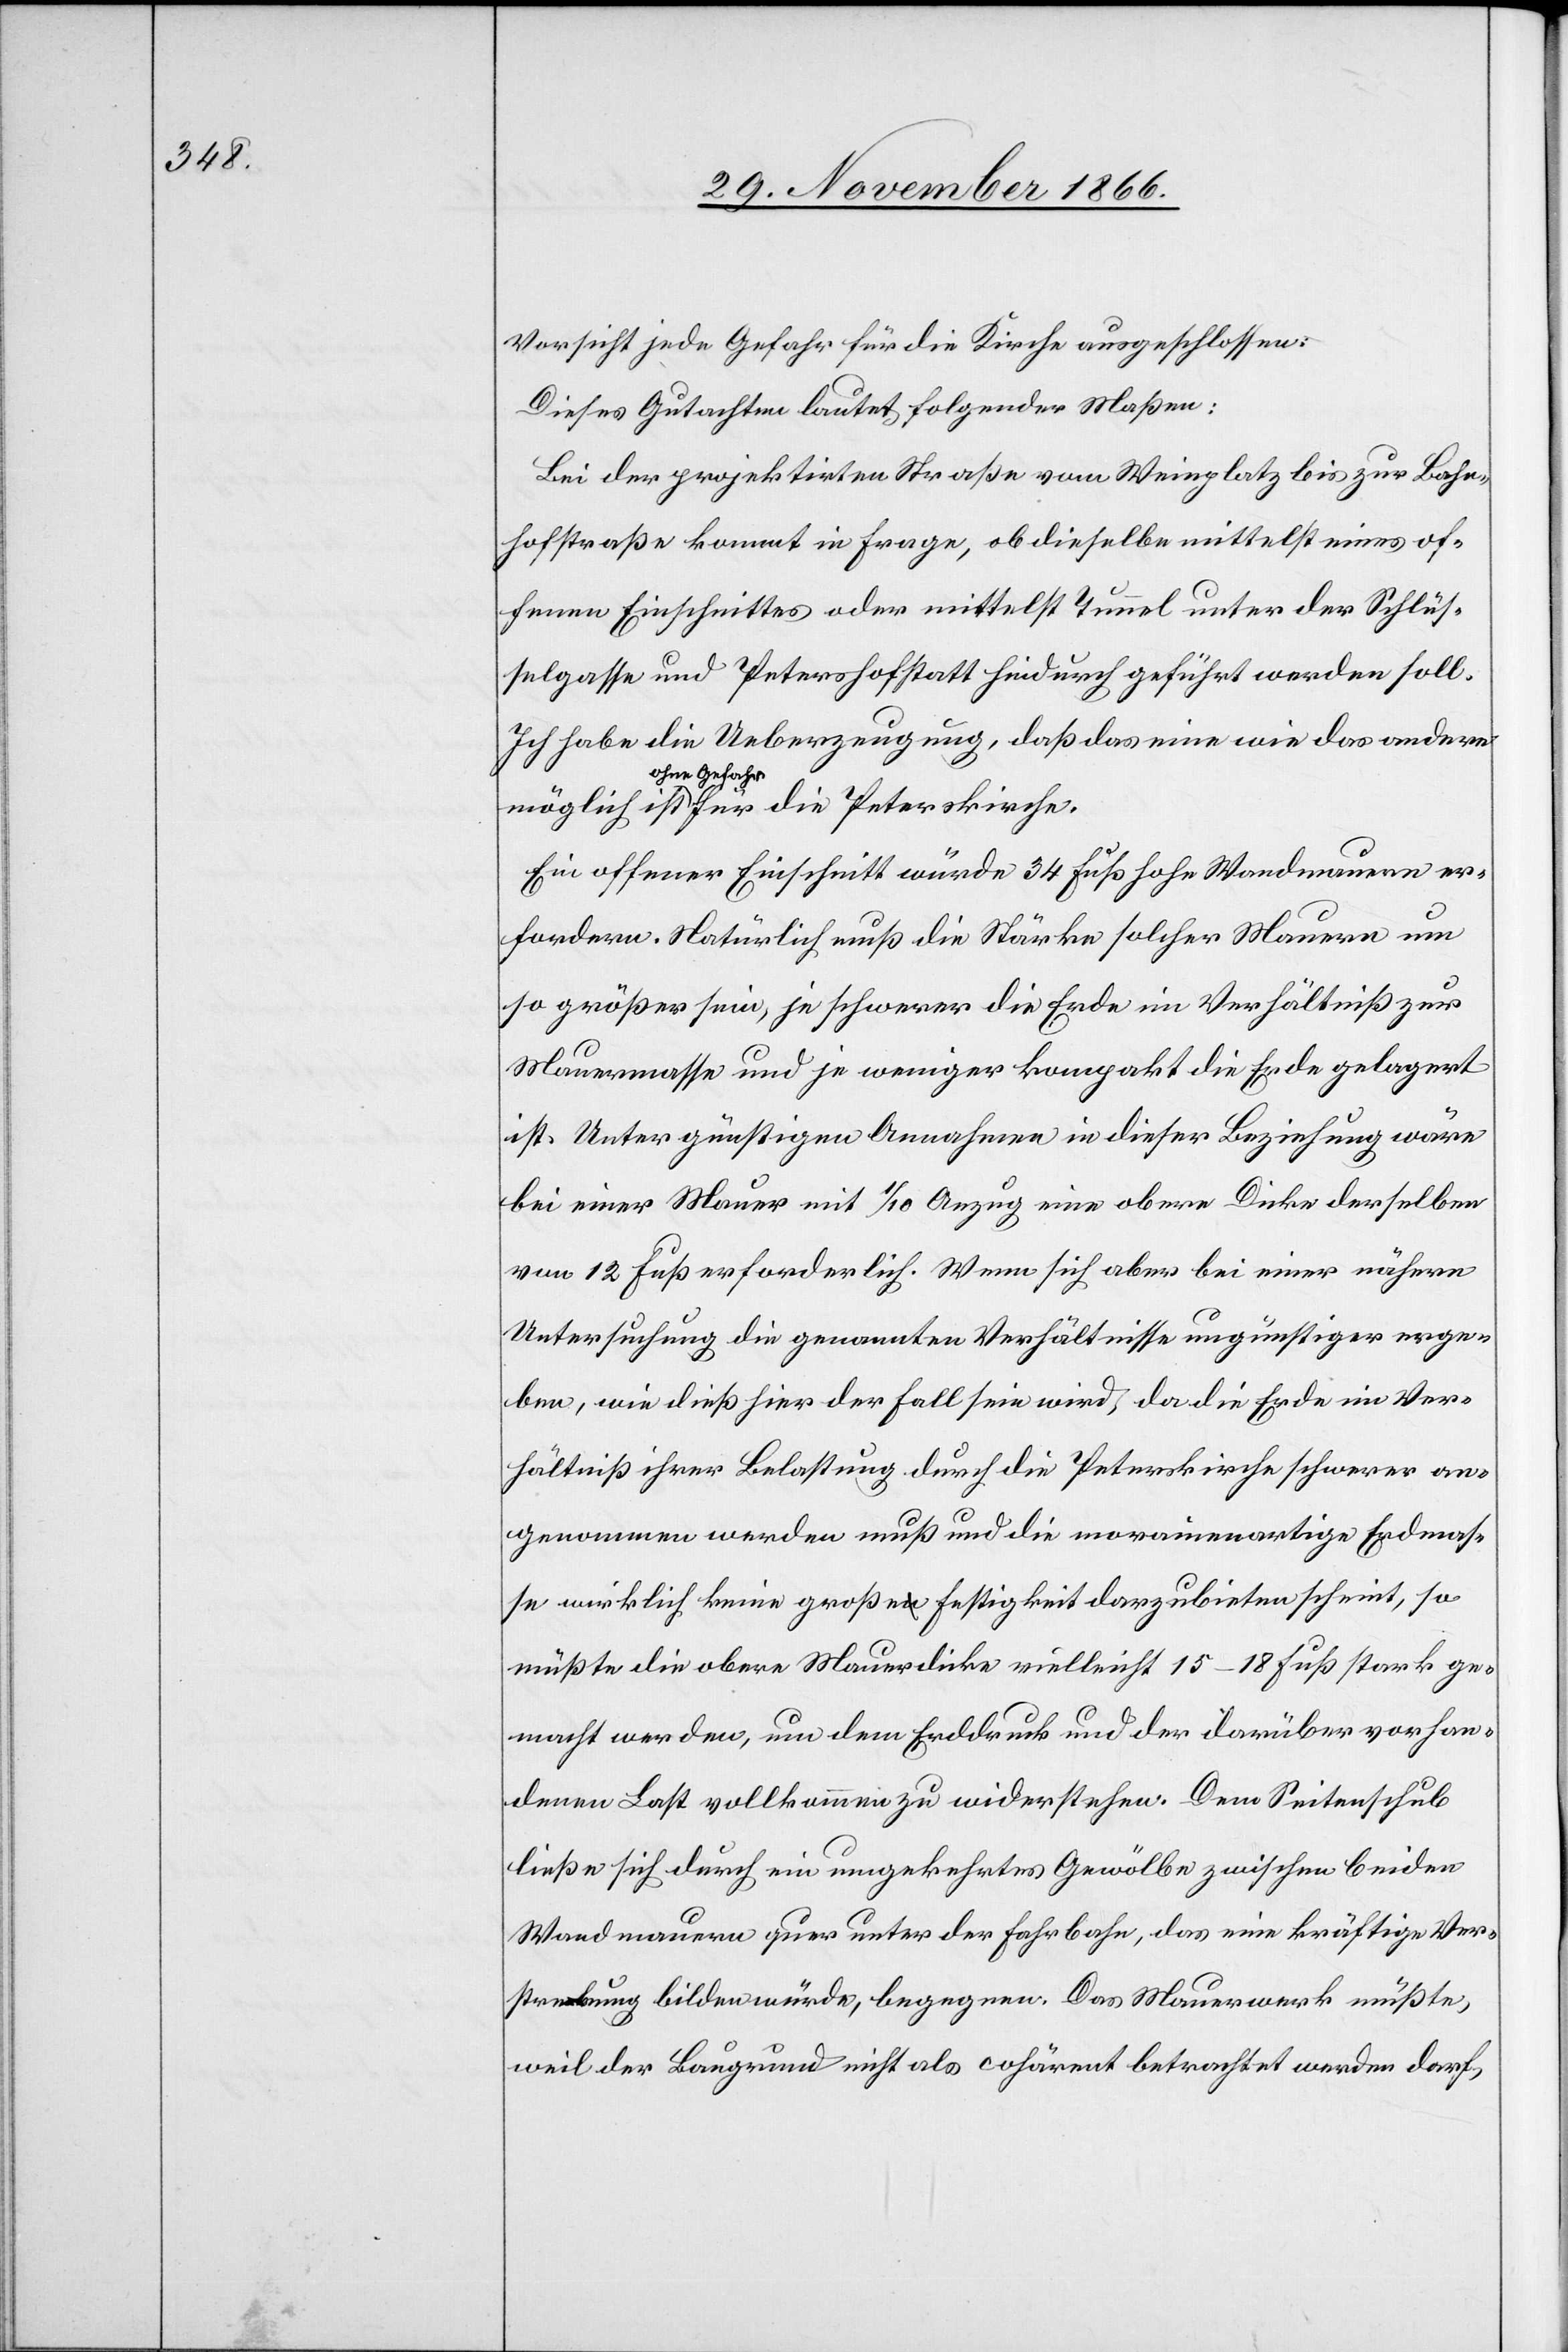
Vorsicht jede Gefahr für die Kirche ausgeschlossen:
Dieses Gutachten lautet folgender Maßen:
Bei der projektirten Straße vom Weinplatz bis zur Bahn¬
hofstraße kommt in Frage, ob dieselbe mittelst eines of¬
fenen Einschnittes oder mittelst Tunnel unter der Schlüs¬
selgasse und Petershofstatt hindurch geführt werden soll.
Ich habe die Ueberzeugung, daß das eine wie das andere
ohne Gefahr
Ein offener Einschnitt würde 34 Fuß hohe Wandmauern er¬
fordern. Natürlich muß die Stärke solcher Mauern um
so größer sein, je schwerer die Erde im Verhältniß zur
Mauermasse und je weniger kompakt die Erde gelagert
ist. Unter günstigen Annahmen in dieser Beziehung wäre
bei einer Mauer mit 1/10 Anzug eine obere Dicke derselben
von 12 Fuß erforderlich. Wenn sich aber bei einer nähern
Untersuchung die genannten Verhältnisse ungünstiger erge¬
ben, wie dieß hier der Fall sein wird, da die Erde im Ver¬
hältniß ihrer Belastung durch die Peterskirche schwerer an¬
genommen werden muß und die morainenartige Erdmas¬
se wirklich keine große Festigkeit darzubieten scheint, so
müßte die obere Mauerdicke vielleicht 15–18 Fuß stark ge¬
macht werden, um dem Erddruck und der darüber vorhan¬
denen Last vollkommen zu widerstehen. Dem Seitenschub
ließe sich durch ein umgekehrtes Gewölbe zwischen beiden
Wandmauern quer unter der Fahrbahn, das eine kräftige Ver¬
strebung bilden würde, begegnen. Das Mauerwerk müßte,
weil der Baugrund nicht als cohärent betrachtet werden darf,